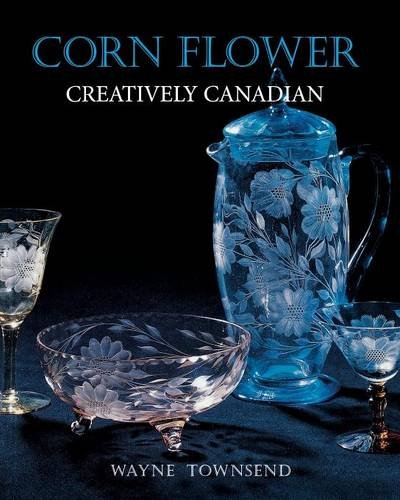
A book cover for Corn Flower: Creatively Canadian; Wayne Townsend; Crafts, Hobbies & Home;